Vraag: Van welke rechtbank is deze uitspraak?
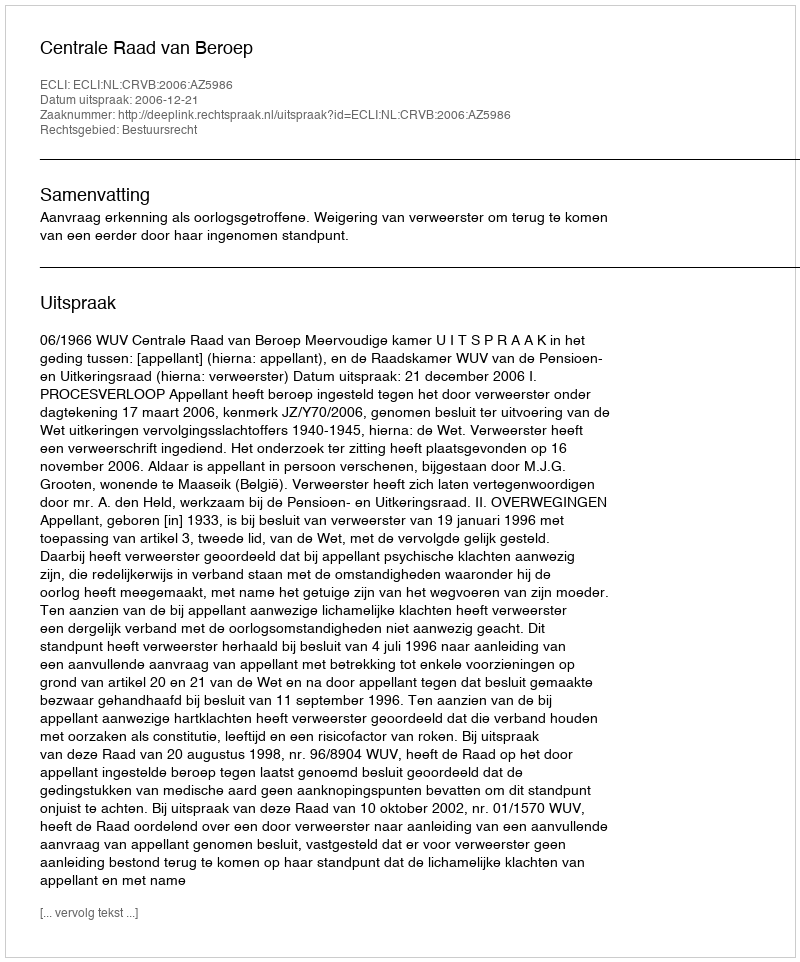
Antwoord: Centrale Raad van Beroep